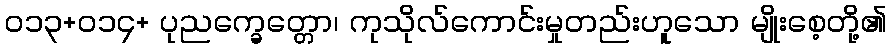
ဝ၁၃+၀၁၄+ ပုညက္ခေတ္တော၊ ကုသိုလ်ကောင်းမှုတည်းဟူသော မျိုးစေ့တို့၏